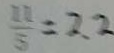
\frac { 1 1 } { 5 } = 2 . 2